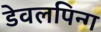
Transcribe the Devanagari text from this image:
डेवलपिन्ग